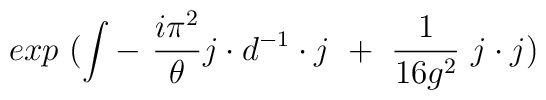
exp~(\int -~{i\pi^2\over\theta}j\cdot d^{-1}\cdot j{}~+~{1\over 16g^2}~j\cdot j)